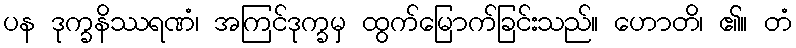
ပန ဒုက္ခနိဿရဏံ၊ အကြင်ဒုက္ခမှ ထွက်မြောက်ခြင်းသည်။ ဟောတိ၊ ၏။ တံ